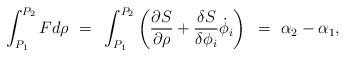
LaTeX: \begin{align*}\int_{P_1}^{P_2}F d\rho~=~\int_{P_1}^{P_2} \left( {\partial S \over \partial \rho} + {\delta S \over \delta \phi_i}\dot{\phi}_i \right)~=~\alpha_2 - \alpha_1,\end{align*}